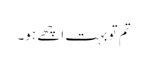
تم تو بہت اچھے ہو۔